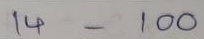
14 - 100